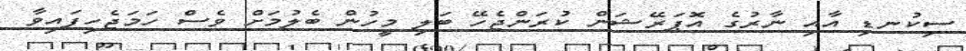
ސިކުނޑި އާއި ނާރުގެ އޮޕަރޭޝަން ކުރަންޖެހޭ ބަލި މީހުން ބެލުމަށް ވެސް ހަމަޖެހިފައިވާ